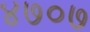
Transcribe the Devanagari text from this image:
४७०७